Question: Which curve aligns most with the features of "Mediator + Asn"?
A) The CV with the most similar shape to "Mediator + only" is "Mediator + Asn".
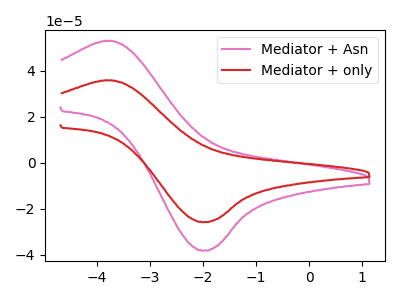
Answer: <think>The pink curve "Mediator + Asn" has an anodic peak at (-3.80V, 52.90uA) and a cathodic peak at (-1.95V, -38.20uA). The red curve "Mediator + only" has an anodic peak at (-3.80V, 35.75uA) and a cathodic peak at (-1.95V, -25.80uA).
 All the peaks in "Mediator + Asn" have a peak in "Mediator + only" at the same potential. Every peak in "Mediator + Asn" is higher than every peak in "Mediator + only".</think>
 <answer>A) The CV with the most similar shape to "Mediator + only" is "Mediator + Asn".</answer>
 <eval>A</eval>